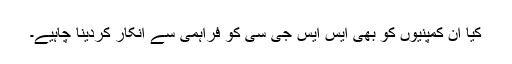
کیا ان کمپنیوں کو بھی ایس ایس جی سی کو فراہمی سے انکار کردینا چاہیے۔